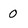
Character: 0